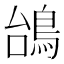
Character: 𱈥